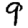
Digit: 9